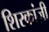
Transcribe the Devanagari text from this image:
शिरकांज़ी